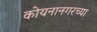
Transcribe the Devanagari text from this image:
कोयनानगरच्या